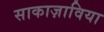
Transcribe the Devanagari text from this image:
साकाज़ाविया